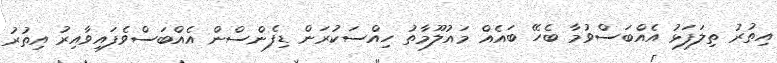
އިތުރު ތިލަފަޅު އެއްބަސްވުމާ ބެހޭ ބައެއް މައުލޫމާތު ހިއްސަކުރަން ޑިފެންސްން އެއްބަސްވެފައިވާއިރު އިތުރު